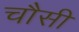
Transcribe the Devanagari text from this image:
चौसी